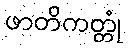
ဖာတိကတ္တုံ